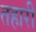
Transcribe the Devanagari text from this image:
तहारी